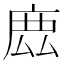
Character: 𢉖